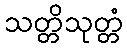
သတ္တိသုတ္တံ